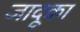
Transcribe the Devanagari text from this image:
जादूका